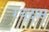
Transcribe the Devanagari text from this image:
रघुदास